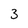
Character: 3